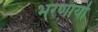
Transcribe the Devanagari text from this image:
भरणार्या